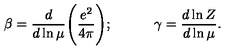
\beta = \frac { d } { d \ln \mu } \Bigg ( \frac { e ^ { 2 } } { 4 \pi } \Bigg ) ; \qquad \quad \gamma = \frac { d \ln Z } { d \ln \mu } .